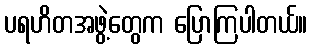
ပရဟိတအဖွဲ့တွေက ပြောကြပါတယ်။